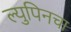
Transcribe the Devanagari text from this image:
ल्युपिनचा